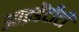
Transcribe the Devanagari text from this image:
आइडेंटीटी